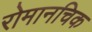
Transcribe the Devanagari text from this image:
रोमानचिक